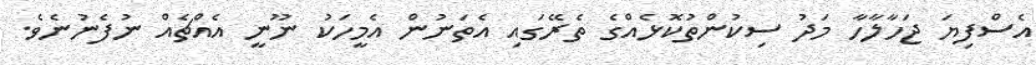
އެސްފިޔަ ޖަހާލާހާ މަދު ސިކުންތުކޮޅެއްގެ ތެރޭގައި އެތަނުން އެމީހަކު ނޫނީ އެއްޗެއް ނުފެނުނެވެ.